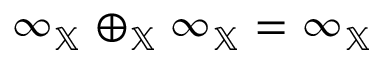
\infty _ { \mathbb { X } } \oplus _ { \mathbb { X } } \infty _ { \mathbb { X } } = \infty _ { \mathbb { X } }